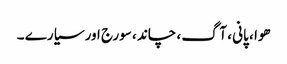
ھوا ، پانی ، آگ ، چاند ، سورج اور سیارے ۔